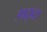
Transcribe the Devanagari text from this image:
उपद्र्ष्टा